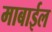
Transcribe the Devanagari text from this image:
माबाईल